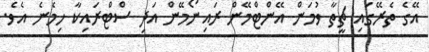
އޭގެ ތެރޭގައި ޗީތާ ވުމަން އޭންޓްމޭން ރައިނޯމޭން އަދި ސްޓްރައިކާ ހިމެނެ އެވެ.